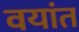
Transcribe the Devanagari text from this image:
वयांत